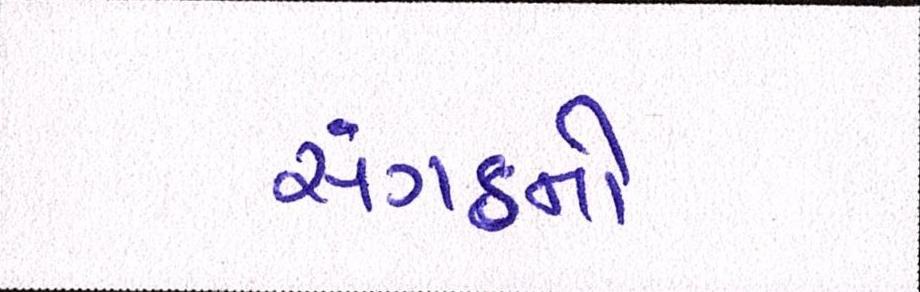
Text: સંગઠનો